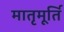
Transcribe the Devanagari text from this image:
मातृमूर्ति